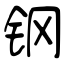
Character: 钢